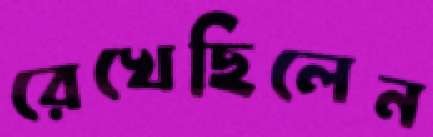
রেখেছিলেন